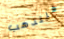
فلتذهب